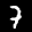
Label: 7